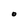
Character: 0